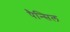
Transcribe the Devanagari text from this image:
पैन्सिल